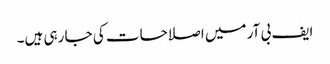
ایف بی آر میں اصلاحات کی جا رہی ہیں۔